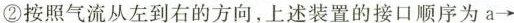
②按照气流从左到右的方向，上述装置的接口顺序为a→